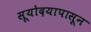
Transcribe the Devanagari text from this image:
सूयोदयापासून